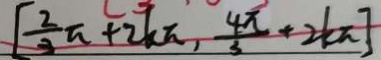
[ \frac { 2 } { 3 } \pi + 2 k \pi , \frac { 4 \pi } { 3 } + 2 k \pi ]